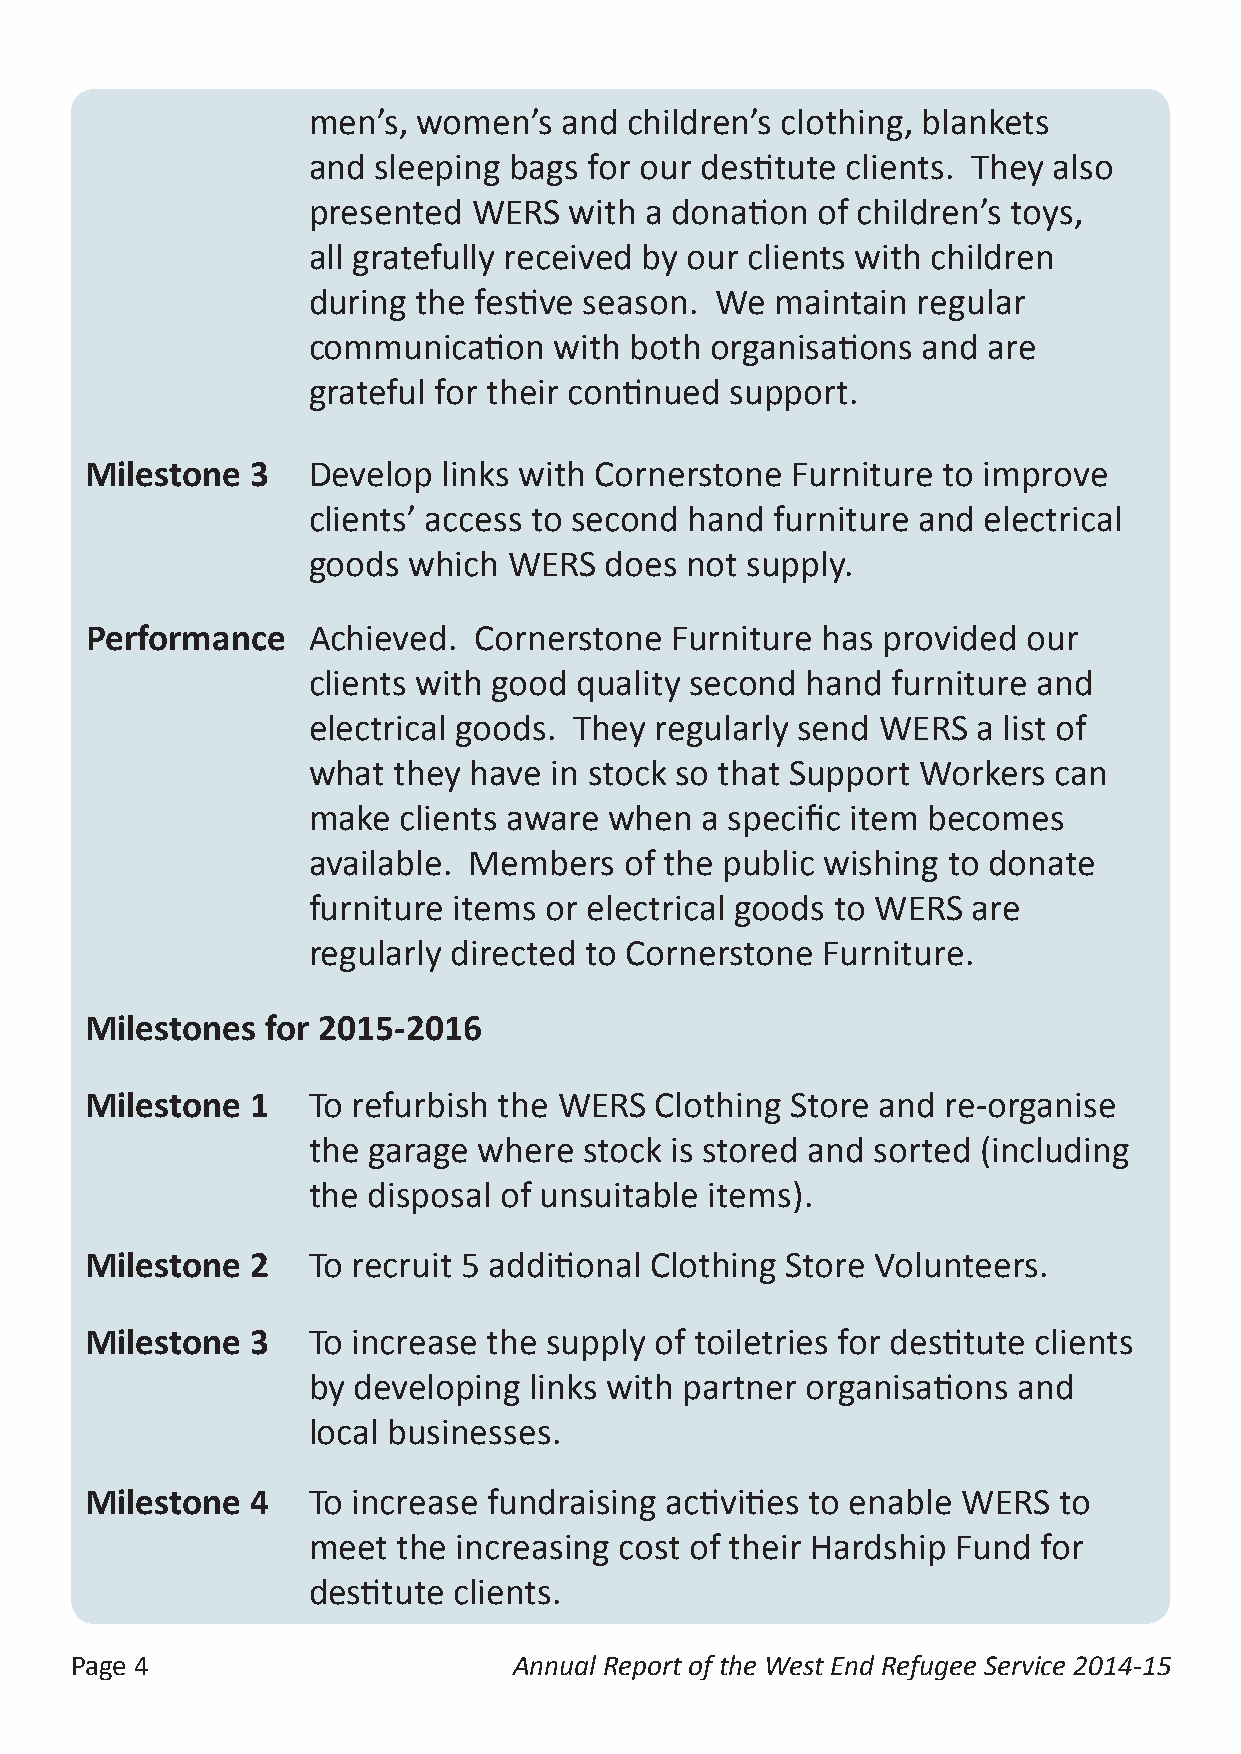
men’s,  women’s  and  children’s clothing, blankets
 and  sleeping bags for our destitute clients. They also
 presented  WERS   with a donation of children’s toys,
 all gratefully received by our clients with children
 during  the festive season. We maintain  regular
 communication    with both organisations and are
 grateful for their continued support.
 Milestone  3  Develop  links with Cornerstone Furniture to improve
 clients’ access to second hand furniture and electrical
 goods  which  WERS  does not supply.
 Performance   Achieved.  Cornerstone  Furniture has provided  our
 clients with good quality second hand  furniture and
 electrical goods. They regularly send WERS   a list of
 what  they have in stock so that Support Workers  can
 make  clients aware when  a specific item becomes
 available. Members   of the public wishing to donate
 furniture items or electrical goods to WERS are
 regularly directed to Cornerstone Furniture.
 Milestones  for 2015-2016
 Milestone  1  To refurbish the WERS  Clothing Store and  re-organise
 the garage  where  stock is stored and sorted (including
 the disposal of unsuitable items).
 Milestone  2  To recruit 5 additional Clothing Store Volunteers.
 Milestone  3  To increase the supply of toiletries for destitute clients
 by developing  links with partner organisations and
 local businesses.
 Milestone  4  To increase fundraising activities to enable WERS to
 meet  the increasing cost of their Hardship Fund for
 destitute clients.
 Page 4                       Annual Report of the West End Refugee Service 2014-15